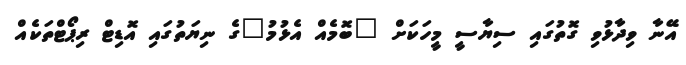
އޭނާ ވިދާޅުވި ގޮތުގައި ސިޔާސީ މީހަކަށް "ބޮމެއް އެޅުމު"ގެ ނިޔަތުގައި އޮޑިޓް ރިޕޯޓްތަކެއް